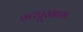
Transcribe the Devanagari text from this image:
वटपूरग्राम